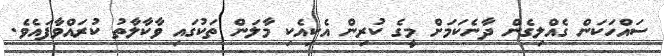
ސައްހަކަން ގެއްލިގެން ދާނެކަމަށް މީގެ ކުރިން އެކިއެކި މާލަން ތަކުގައި ވާކާލާތު ކުރައްވާފައެވެ.